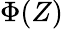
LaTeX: \Phi(Z)